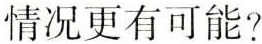
情况更有可能?